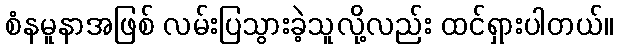
စံနမူနာအဖြစ် လမ်းပြသွားခဲ့သူလို့လည်း ထင်ရှားပါတယ်။